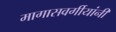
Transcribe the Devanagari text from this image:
मागासवर्गीयांनी